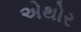
એથોર